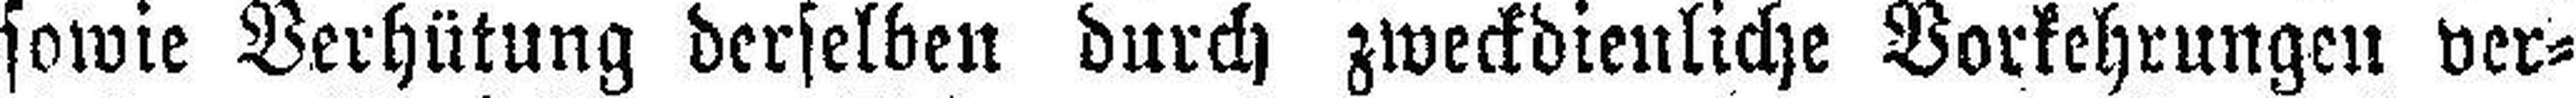
sowie Verhütung derselben durch zweckdienliche Vorkehrungen ver¬